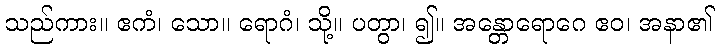
သည်ကား။ ဧကံ၊ သော။ ရောဂံ၊ သို့။ ပတွာ၊ ၍။ အန္တောရောဂေ ဧဝ၊ အနာ၏